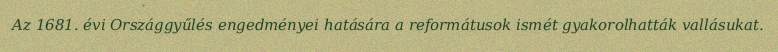
Az 1681. évi Országgyűlés engedményei hatására a reformátusok ismét gyakorolhatták vallásukat.